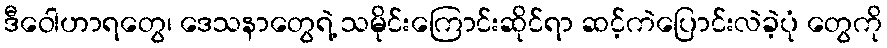
ဒီဝေါဟာရတွေ၊ ဒေသနာတွေရဲ့ သမိုင်းကြောင်းဆိုင်ရာ ဆင့်ကဲပြောင်းလဲခဲ့ပုံ တွေကို